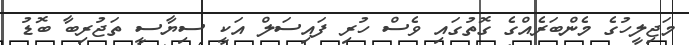
މަޖިލީހުގެ މެންބަރެއްގެ ގޮތުގައި ވެސް ހުރި ފައިސަލް އަކީ ސިޔާސީ ތަޖުރިބާ ބޮޑު